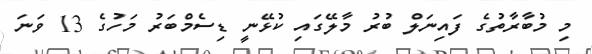
މި މުބާރާތުގެ ފައިނަލް ބުރު މާލޭގައި ކުޅޭނީ ޑިސެމްބަރު މަހުގެ 13 ވަނަ